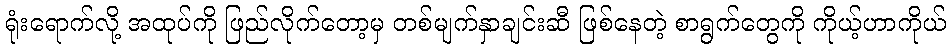
ရုံးရောက်လို့ အထုပ်ကို ဖြည်လိုက်တော့မှ တစ်မျက်နှာချင်းဆီ ဖြစ်နေတဲ့ စာရွက်တွေကို ကိုယ့်ဟာကိုယ်